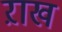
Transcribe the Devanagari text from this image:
ऱाख